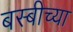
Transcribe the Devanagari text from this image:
बस्बीच्या